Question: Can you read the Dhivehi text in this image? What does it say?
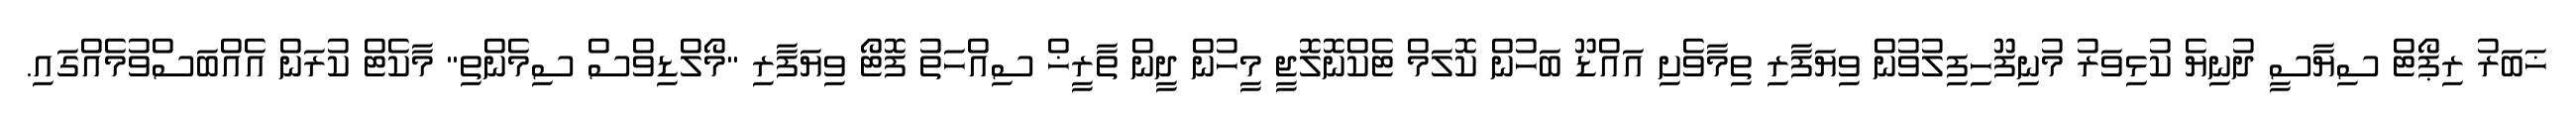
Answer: ޚަބަރު ރިޕޯޓް ސިޔާސީ ދުނިޔެ ކުޅިވަރު މުނިފޫހިފިލުވުން ވިޔަފާރި ތިމާވެށި އައްޑޫ ބަހުން ކޮލަމް ޓެކްނޮލޮޖީ މީހުން ދީން ތާރީޚް ސިއްހަތު ފޮޓޯ ވިޔަފާރި "މޯލްޑިވްސް ސިމެންތި" މާކެޓް ކުރަން އެއްބަސްވުމެއްގައި.